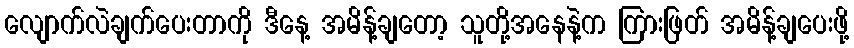
လျောက်လဲချက်ပေးတာကို ဒီနေ့ အမိန့်ချတော့ သူတို့အနေနဲ့က ကြားဖြတ် အမိန့်ချပေးဖို့